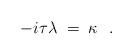
LaTeX: \begin{align*} -i \tau \lambda\;=\; \kappa \ \ .\end{align*}